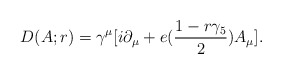
\begin{align*}D(A;r)= \gamma^\mu [i \partial_\mu + e ({1 - r \gamma_5 \over 2})A_\mu].\end{align*}